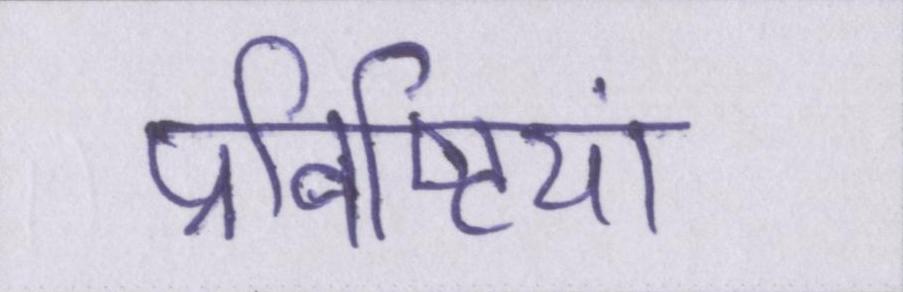
प्रविष्टियां